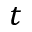
t